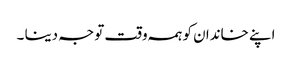
اپنے خاندان کو ہمہ وقت توجہ دینا ۔